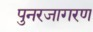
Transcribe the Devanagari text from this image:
पुनरजागरण